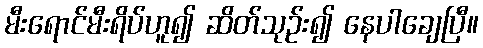
မီးရောင်မီးရိပ်ဟူ၍ ဆိတ်သုဉ်း၍ နေပါချေပြီ။